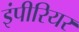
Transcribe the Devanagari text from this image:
इंपीरियर